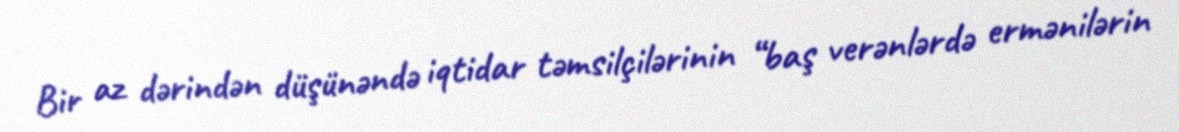
Bir az dərindən düşünəndə iqtidar təmsilçilərinin “baş verənlərdə ermənilərin